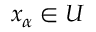
x _ { \alpha } \in U